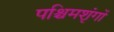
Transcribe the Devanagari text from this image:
पश्चिमशृंगों